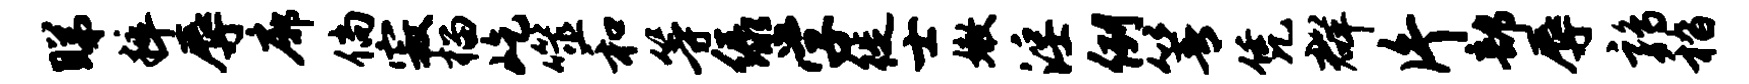
睇粹辱廓倘寂榴屹噬和等绿学徙士嫩淫例箐凭群片部辱鹑嵇